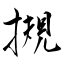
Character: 摫